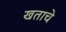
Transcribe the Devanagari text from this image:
खताचे